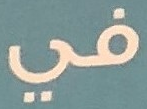
في